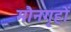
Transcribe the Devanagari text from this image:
मौनगृहों